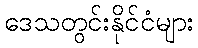
ဒေသတွင်းနိုင်ငံများ